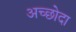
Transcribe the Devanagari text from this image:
अच्छोदा